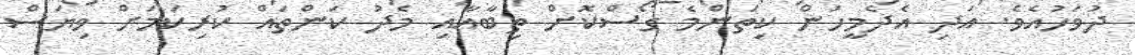
ދުވަހުއެެވެ. އަދި އެދެމީހުން ކިތަންމެ ގޯސްކޮށް ތިބާއާއި މެދު ކަންތައް ކުރިކަމަށް ވިޔަސް